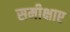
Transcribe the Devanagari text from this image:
समीक्षाए